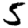
Digit: 5